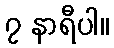
၇ နာရီပါ။